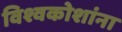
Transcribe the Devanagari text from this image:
विश्वकोशांना